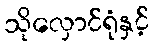
သိုလှောင်ရုံနှင့်